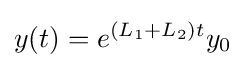
y(t)=e^{(L_{1}+L_{2})t}y_{0}